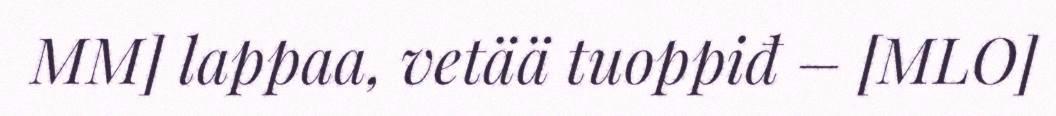
MM] lappaa, vetää tuoppiđ – [MLO]